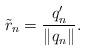
LaTeX: \begin{align*}\tilde{r}_n = \frac{q_n^\prime}{\Vert q_n \Vert}.\end{align*}